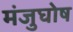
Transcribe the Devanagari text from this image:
मंजुघोष